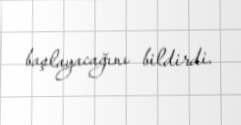
başlayacağını bildirdi.